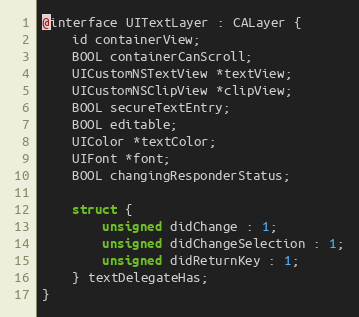
Language: C
@interface UITextLayer : CALayer {
    id containerView;
    BOOL containerCanScroll;
    UICustomNSTextView *textView;
    UICustomNSClipView *clipView;
    BOOL secureTextEntry;
    BOOL editable;
    UIColor *textColor;
    UIFont *font;
    BOOL changingResponderStatus;

    struct {
        unsigned didChange : 1;
        unsigned didChangeSelection : 1;
        unsigned didReturnKey : 1;
    } textDelegateHas;
}